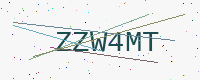
Text: ZZW4MT